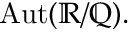
\operatorname { A u t } ( \mathbb { R } / \mathbb { Q } ) .